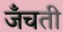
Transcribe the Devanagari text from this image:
जँचती